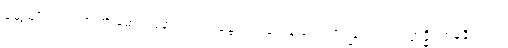
ဆွေမျိုး၎င်း။ အာဗာဓော၊ အနာ၎င်း။ ဂန္ထော၊ ကျမ်းဂန်သင်ကြားခြင်း၎င်း။ ဣဒ္ဓိ၊ တန်ခိုး၎င်း။